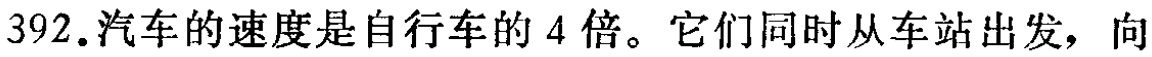
392.汽车的速度是自行车的 4 倍。它们同时从车站出发，向